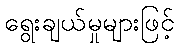
ရွေးချယ်မှုများဖြင့်